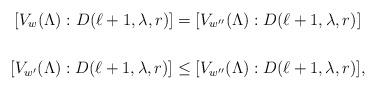
LaTeX: \begin{gather*} [V_w(\Lambda): D(\ell+1,\lambda,r)] = [V_{w''}(\Lambda): D(\ell+1,\lambda,r)] \\ \qquad\\ [V_{w'}(\Lambda): D(\ell+1,\lambda,r)] \le [V_{w''}(\Lambda): D(\ell+1,\lambda,r)],\end{gather*}